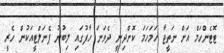
ޓޮޓެންހަމް އަށް ނަތީޖާ ހަމަހަމަ ކޮށްދިނީ ދެވަނަ ހާފުގައި ލިބުނު ޕެނަލްޓީއަކުން ހެރީ